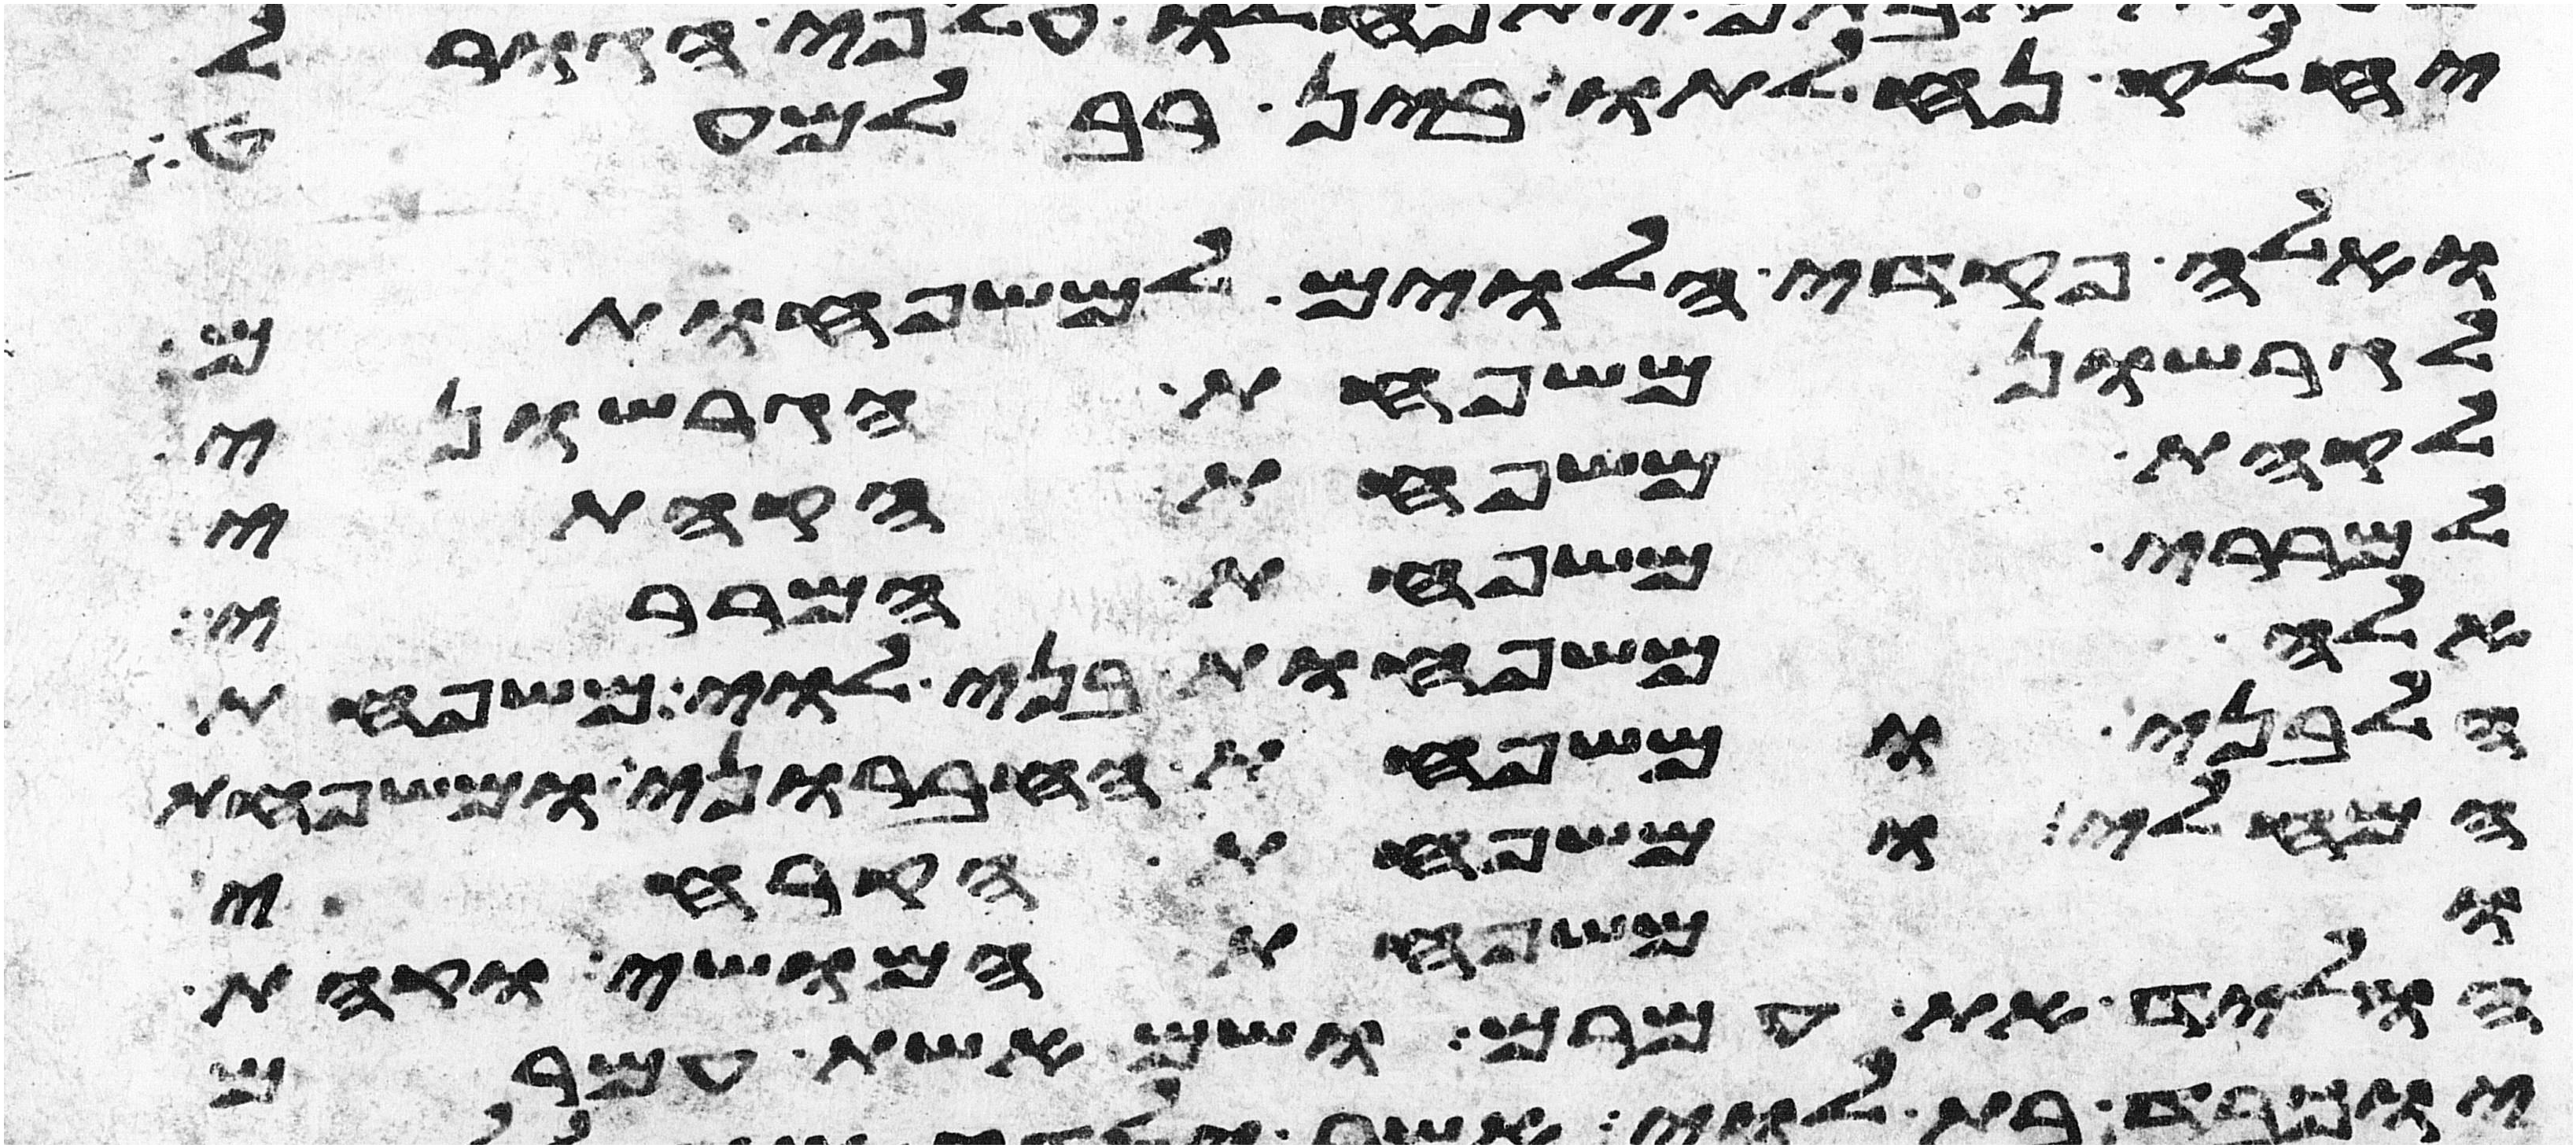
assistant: יחלק נחלתו בין רב למעט
ואלה פקדי הלוים למשפחותם
לגרשון משפחת הגרשוני
לקהת משפחת הקהתי
למררי משפחת המררי
אלה משפחות בני לוי משפחת
הלבני ומשפחת החברוני ומשפחת
המחלי ומשפחת הקרחי
ומשפחת המושי וקהת
הוליד את עמרם ושם אשת עמרם